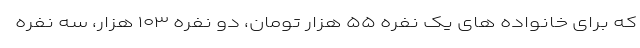
که برای خانواده های یک نفره ۵۵ هزار تومان، دو نفره ۱۰۳ هزار، سه نفره